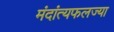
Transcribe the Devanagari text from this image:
मंदांत्यफलज्या